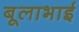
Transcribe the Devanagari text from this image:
बूलाभाई